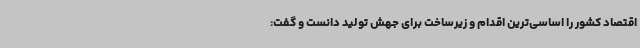
اقتصاد کشور را اساسی‌ترین اقدام و زیرساخت برای جهش تولید دانست و گفت: